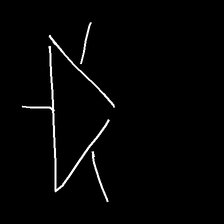
Glyph: fire